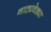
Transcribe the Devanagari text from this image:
नाट्यवेड्या